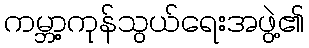
ကမ္ဘာ့ကုန်သွယ်ရေးအဖွဲ့၏